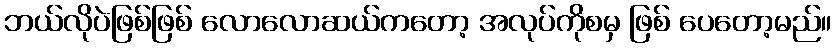
ဘယ်လိုပဲဖြစ်ဖြစ် လောလောဆယ်ကတော့ အလုပ်ကိုစမှ ဖြစ် ပေတော့မည်။